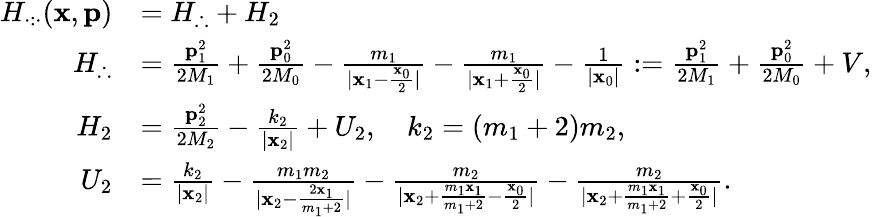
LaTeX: \begin{array}{rl}{H_{\cdot:\cdot}(\mathbf{x},\mathbf{p})}&{=H_{\therefore}+H_{2}}\\ {H_{\therefore}}&{=\frac{\mathbf{p}_{1}^{2}}{2M_{1}}+\frac{\mathbf{p}_{0}^{2}}{2M_{0}}-\frac{m_{1}}{|\mathbf{x}_{1}-\frac{\mathbf{x}_{0}}{2}|}-\frac{m_{1}}{|\mathbf{x}_{1}+\frac{\mathbf{x}_{0}}{2}|}-\frac{1}{|\mathbf{x}_{0}|}:=\frac{\mathbf{p}_{1}^{2}}{2M_{1}}+\frac{\mathbf{p}_{0}^{2}}{2M_{0}}+V,}\\ {H_{2}}&{=\frac{\mathbf{p}_{2}^{2}}{2M_{2}}-\frac{k_{2}}{|\mathbf{x}_{2}|}+U_{2},\quad k_{2}=(m_{1}+2)m_{2},}\\ {U_{2}}&{=\frac{k_{2}}{|\mathbf{x}_{2}|}-\frac{m_{1}m_{2}}{|\mathbf{x}_{2}-\frac{2\mathbf{x}_{1}}{m_{1}+2}|}-\frac{m_{2}}{|\mathbf{x}_{2}+\frac{m_{1}\mathbf{x}_{1}}{m_{1}+2}-\frac{\mathbf{x}_{0}}{2}|}-\frac{m_{2}}{|\mathbf{x}_{2}+\frac{m_{1}\mathbf{x}_{1}}{m_{1}+2}+\frac{\mathbf{x}_{0}}{2}|}.}\end{array}